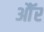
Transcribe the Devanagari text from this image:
औॅर